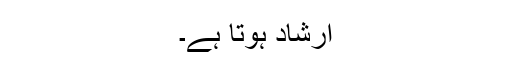
ارشاد ہوتا ہے۔